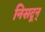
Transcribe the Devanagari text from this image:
निसटून्